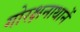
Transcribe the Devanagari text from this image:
गोरक्षनाथानें